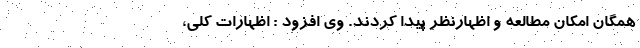
همگان امکان مطالعه و اظهارنظر پیدا کردند. وی افزود : اظهارات کلی،